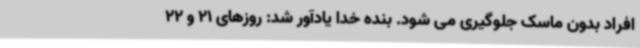
افراد بدون ماسک جلوگیری می شود. بنده خدا یادآور شد: روزهای 21 و 22